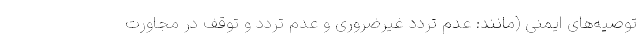
توصیه‌های ایمنی (مانند: عدم تردد غیرضروری و عدم تردد و توقف در مجاورت